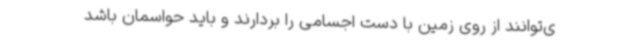
ی‌توانند از روی زمین با دست اجسامی را بردارند و باید حواسمان باشد